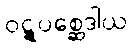
ဝဋ္ဋုပစ္ဆေဒါယ